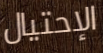
الإحتيال